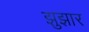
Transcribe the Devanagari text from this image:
झुझार